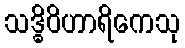
သဒ္ဓိဝိဟာရိကေသု